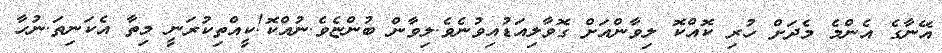
އޭނާގެ އެންމެ މެދަށް ހުރި ކޮއްކޮ ލިވާންއަށް ގޮވާލިއަޑުއިވުނެވެ.ލިވާން ބުންޏެވެ.ނުއްކޮ!ކީއްތިކުރަނީ މިތާ އެކަނިތަ.ނުހާ